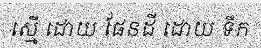
ស្មើ ដោយ ផែនដី ដោយ ទឹក